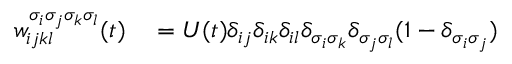
\begin{array} { r l } { w _ { i j k l } ^ { \sigma _ { i } \sigma _ { j } \sigma _ { k } \sigma _ { l } } ( t ) } & { { } = U ( t ) \delta _ { i j } \delta _ { i k } \delta _ { i l } \delta _ { \sigma _ { i } \sigma _ { k } } \delta _ { \sigma _ { j } \sigma _ { l } } ( 1 - \delta _ { \sigma _ { i } \sigma _ { j } } ) } \end{array}